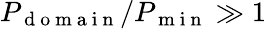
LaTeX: P_{\mathrm{~d~o~m~a~i~n~}}/P_{\mathrm{~m~i~n~}}\gg 1